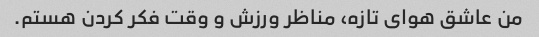
من عاشق هوای تازه، مناظر ورزش و وقت فکر کردن هستم.